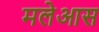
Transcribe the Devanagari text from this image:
मलेआस